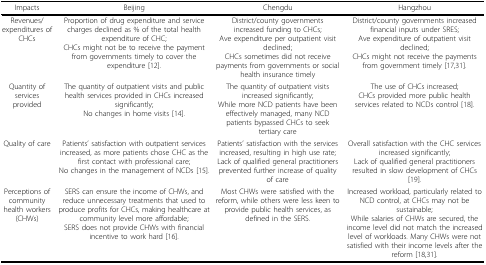
<table><thead><tr><td><b>Impacts</b></td><td><b>Beijing</b></td><td><b>Chengdu</b></td><td><b>Hangzhou</b></td></tr></thead><tbody><tr><td>Revenues/ expenditures of CHCs</td><td>Proportion of drug expenditure and service charges declined as % of the total health expenditure of CHC;CHCs might not be to receive the payment from governments timely to cover the expenditure [12].</td><td>District/county governments increased funding to CHCs;Ave expenditure per outpatient visit declined;CHCs sometimes did not receive payments from governments or social health insurance timely</td><td>District/county governments increased financial inputs under SRES;Ave expenditure of outpatient visit declined;CHCs might not receive the payments from government timely [17,31].</td></tr><tr><td>Quantity of services provided</td><td>The quantity of outpatient visits and public health services provided in CHCs increased significantly;No changes in home visits [14].</td><td>The quantity of outpatient visits increased significantly;While more NCD patients have been effectively managed, many NCD patients bypassed CHCs to seek tertiary care</td><td>The use of CHCs increased;CHCs provided more public health services related to NCDs control [18].</td></tr><tr><td>Quality of care</td><td>Patients&#x27; satisfaction with outpatient services increased, as more patients chose CHC as the first contact with professional care;No changes in the management of NCDs [15].</td><td>Patients&#x27; satisfaction with the services increased, resulting in high use rate;Lack of qualified general practitioners prevented further increase of quality of care</td><td>Overall satisfaction with the CHC services increased significantly;Lack of qualified general practitioners resulted in slow development of CHCs [19].</td></tr><tr><td>Perceptions of community health workers (CHWs)</td><td>SERS can ensure the income of CHWs, and reduce unnecessary treatments that used to produce profits for CHCs, making healthcare at community level more affordable;SERS does not provide CHWs with financial incentive to work hard [16].</td><td>Most CHWs were satisfied with the reform, while others were less keen to provide public health services, as defined in the SERS.</td><td>Increased workload, particularly related to NCD control, at CHCs may not be sustainable;While salaries of CHWs are secured, the income level did not match the increased level of workloads. Many CHWs were not satisfied with their income levels after the reform [18,31].</td></tr></tbody></table>